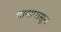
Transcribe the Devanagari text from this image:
वादापासून